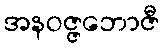
အနဝဇ္ဇဘောဇီ